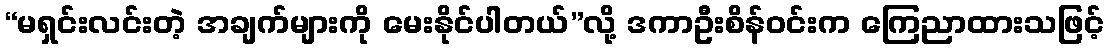
“မရှင်းလင်းတဲ့ အချက်များကို မေးနိုင်ပါတယ်”လို့ ဒကာဦးစိန်ဝင်းက ကြေညာထားသဖြင့်